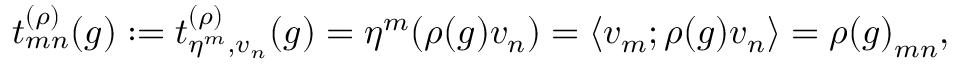
t _ { m n } ^ { ( \rho ) } ( g ) : = t _ { \eta ^ { m } , v _ { n } } ^ { ( \rho ) } ( g ) = \eta ^ { m } ( \rho ( g ) v _ { n } ) = \left< v _ { m } ; \rho ( g ) v _ { n } \right> = { \rho ( g ) } _ { m n } ,